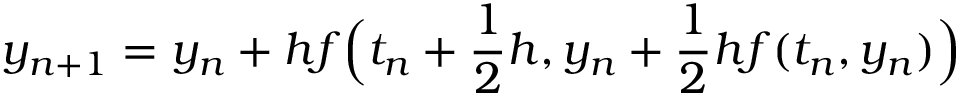
y _ { n + 1 } = y _ { n } + h f { \Big ( } t _ { n } + { \frac { 1 } { 2 } } h , y _ { n } + { \frac { 1 } { 2 } } h f ( t _ { n } , y _ { n } ) { \Big ) }